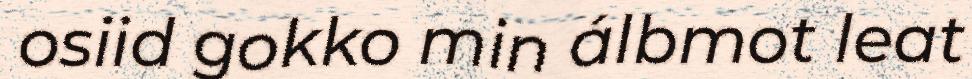
osiid gokko min álbmot leat